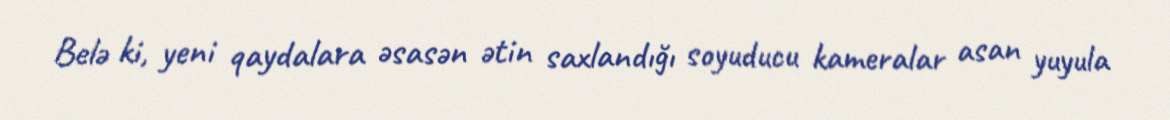
Belə ki, yeni qaydalara əsasən ətin saxlandığı soyuducu kameralar asan yuyula